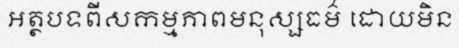
អត្ថបទពីសកម្មភាពមនុស្សធម៌ ដោយមិន